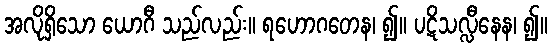
အလိုရှိသော ယောဂီ သည်လည်း။ ရဟောဂတေန၊ ၍။ ပဋိသလ္လီနေန၊ ၍။